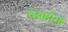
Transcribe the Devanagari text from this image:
चबायेगा